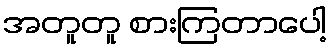
အတူတူ စားကြတာပေါ့